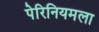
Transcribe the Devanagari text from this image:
पेरिनियमला